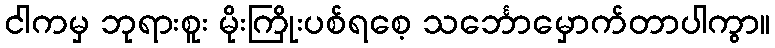
ငါကမှ ဘုရားစူး မိုးကြိုးပစ်ရစေ့ သင်္ဘောမှောက်တာပါကွာ။